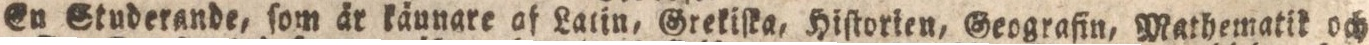
Wid reel gata ſöder i ſtaden finnes nu genaſt mot billig hyra att fåetillträba etteljuſt och